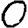
Digit: 0